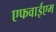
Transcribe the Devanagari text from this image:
एफवाईएम